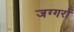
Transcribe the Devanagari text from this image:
जग्गरों